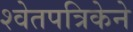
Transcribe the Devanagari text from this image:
श्वेतपत्रिकेने